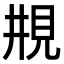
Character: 𠄺